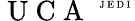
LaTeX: \mathrm{~U~C~A~}^{\mathrm{~\tiny~J~E~D~I~}}